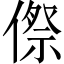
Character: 傺